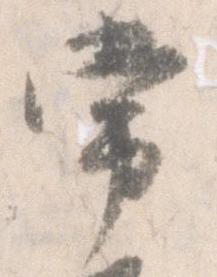
常